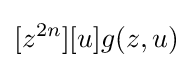
[z^{2n}][u]g(z,u)